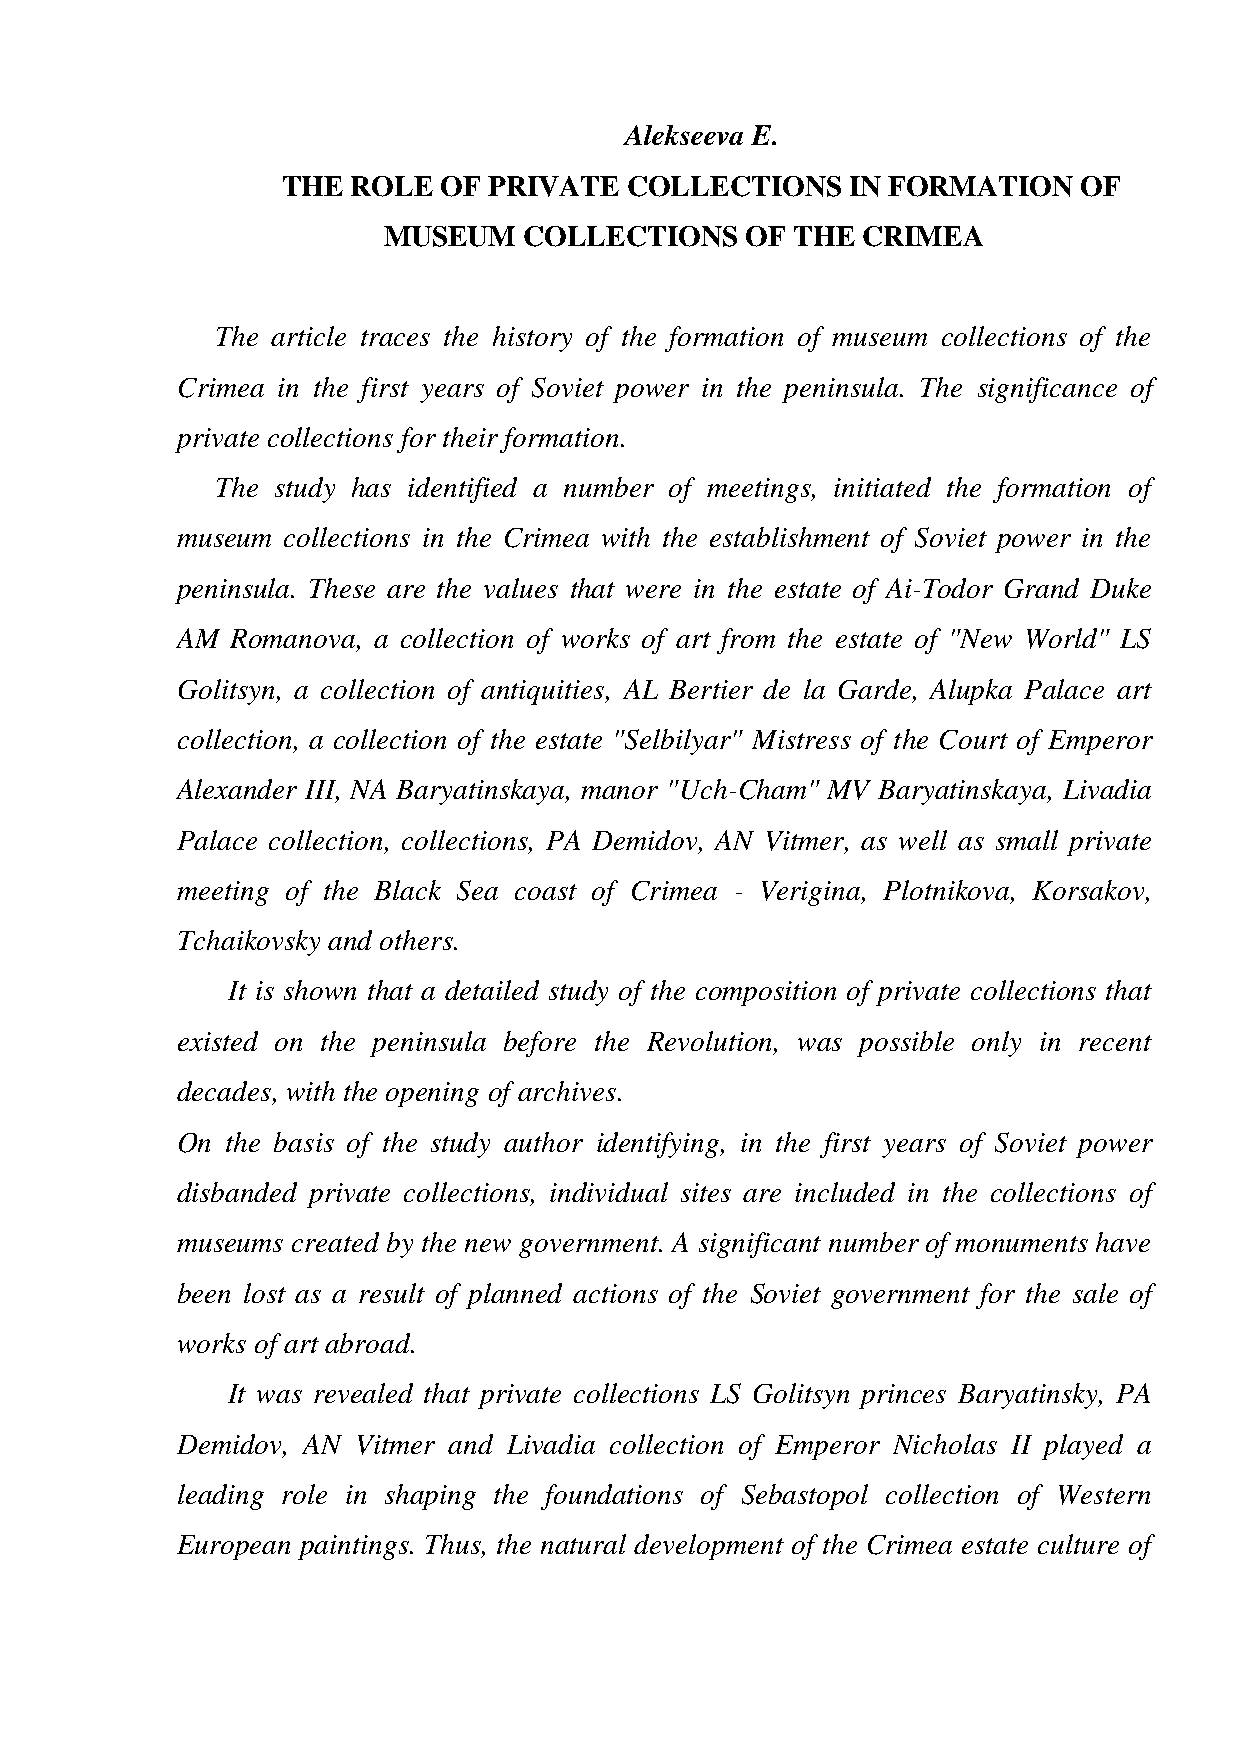
Alekseeva E.
 THE ROLE  OF PRIVATE   COLLECTIONS   IN FORMATION    OF
 MUSEUM    COLLECTIONS   OF THE  CRIMEA
 The article traces the history of the formation of museum collections of the
 Crimea in the first years of Soviet power in the peninsula. The significance of
 private collections for their formation.
 The study has identified a number of meetings, initiated the formation of
 museum collections in the Crimea with the establishment of Soviet power in the
 peninsula. These are the values that were in the estate of Ai-Todor Grand Duke
 AM Romanova, a collection of works of art from the estate of "New World" LS
 Golitsyn, a collection of antiquities, AL Bertier de la Garde, Alupka Palace art
 collection, a collection of the estate "Selbilyar" Mistress of the Court of Emperor
 Alexander III, NA Baryatinskaya, manor "Uch-Cham" MV Baryatinskaya, Livadia
 Palace collection, collections, PA Demidov, AN Vitmer, as well as small private
 meeting of the Black Sea coast of Crimea - Verigina, Plotnikova, Korsakov,
 Tchaikovsky and others.
 It is shown that a detailed study of the composition of private collections that
 existed on the peninsula before the Revolution, was possible only in recent
 decades, with the opening of archives.
 On the basis of the study author identifying, in the first years of Soviet power
 disbanded private collections, individual sites are included in the collections of
 museums created by the new government. A significant number of monuments have
 been lost as a result of planned actions of the Soviet government for the sale of
 works of art abroad.
 It was revealed that private collections LS Golitsyn princes Baryatinsky, PA
 Demidov, AN Vitmer and Livadia collection of Emperor Nicholas II played a
 leading role in shaping the foundations of Sebastopol collection of Western
 European paintings. Thus, the natural development of the Crimea estate culture of